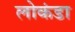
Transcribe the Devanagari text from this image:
लोकंडा